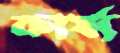
কার্য্য